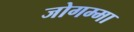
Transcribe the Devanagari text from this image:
जोगम्मा